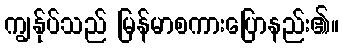
ကျွန်ုပ်သည် မြန်မာစကားပြောနည်း၏။